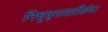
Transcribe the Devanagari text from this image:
निचृद्‌गायत्रीछंदः